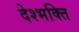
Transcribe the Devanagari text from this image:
देश्भक्ति